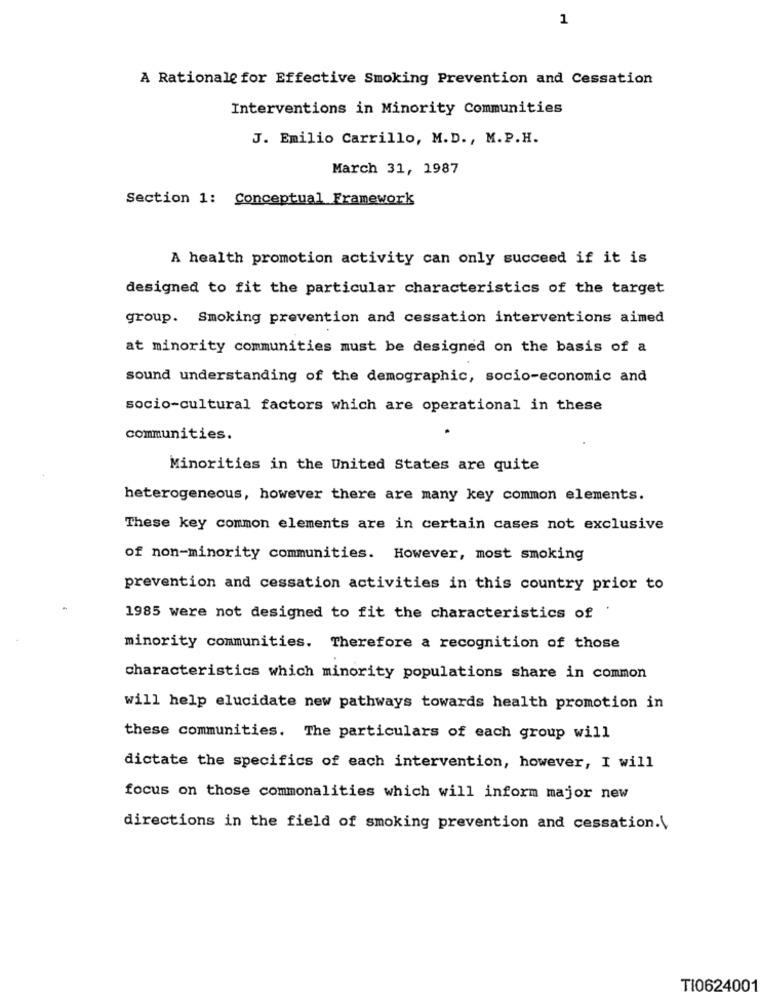
1
A Rationale for Effective Smoking Prevention and Cessation
Interventions in Minority Communities
J. Emilio Carrillo, M.D ., M.P.H.
March 31, 1987
Section 1: Conceptual Framework
A health promotion activity can only succeed if it is
designed to fit the particular characteristics of the target
group. Smoking prevention and cessation interventions aimed
at minority communities must be designed on the basis of a
sound understanding of the demographic, socio-economic and
socio-cultural factors which are operational in these
communities.
Minorities in the United States are quite
heterogeneous, however there are many key common elements.
These key common elements are in certain cases not exclusive
of non-minority communities. However, most smoking
prevention and cessation activities in this country prior to
1985 were not designed to fit the characteristics of
minority communities. Therefore a recognition of those
characteristics which minority populations share in common
will help elucidate new pathways towards health promotion in
these communities. The particulars of each group will
dictate the specifics of each intervention, however, I will
focus on those commonalities which will inform major new
directions in the field of smoking prevention and cessation.\
TI0624001